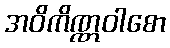
အဝိကိဏ္ဏဝါစော